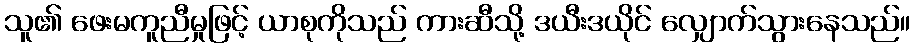
သူ၏ ဖေးမကူညီမှုဖြင့် ယာစုကိုသည် ကားဆီသို့ ဒယီးဒယိုင် လျှောက်သွားနေသည်။